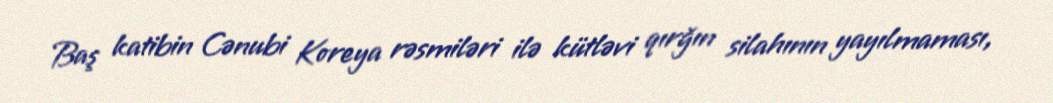
Baş katibin Cənubi Koreya rəsmiləri ilə kütləvi qırğın silahının yayılmaması,